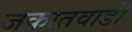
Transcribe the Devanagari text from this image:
जकातवाडी